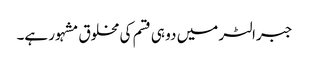
جبرالٹر میں دو ہی قسم کی مخلوق مشہور ہے۔